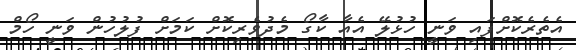
އެތެރެކޮށްފައި ވަނީ ހުޅުލޭ އެއާ ކާގޯ މެދުވެރިކޮށް ކަމަށް ފުލުހުން ވަނީ ހޯމް